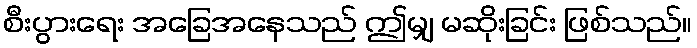
စီးပွားရေး အခြေအနေသည် ဤမျှ မဆိုးခြင်း ဖြစ်သည်။